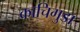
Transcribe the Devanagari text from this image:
काचिगुडा